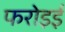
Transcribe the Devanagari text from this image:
फरोइई